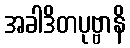
အခါဒိတပုဗ္ဗာနိ